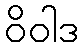
ဝိဝါဒ